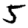
Digit: 5